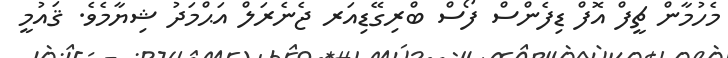
މެހުމާން ޗީފް އޮފް ޑިފެންސް ފޯސް ބްރިގޭޑިއަރ ޖެނެރަލް އަޙްމަދު ޝިޔާމެވެ. ޤައުމީ